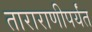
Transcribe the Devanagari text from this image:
ताराराणीपर्यंत